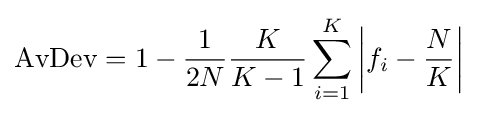
\operatorname {AvDev} =1-{\frac {1}{2N}}{\frac {K}{K-1}}\sum _{i=1}^{K}\left|f_{i}-{\frac {N}{K}}\right|